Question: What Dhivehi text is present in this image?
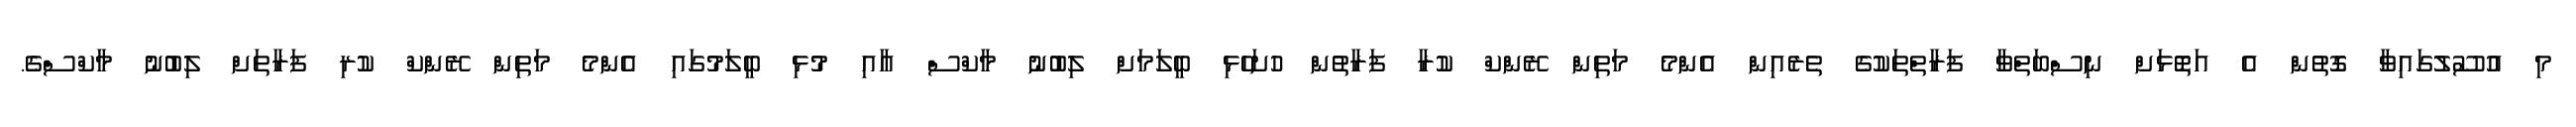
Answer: މި އުސޫލުގައިވާ ގޮތުން އެ އަތޮޅަށް ނިސްބަތްވާ ފަރާތްތަކުގެ ތެރެއިން އެންމެ މަތިން ރޭންކް ކުރާ ފަރާތުން ހުށަހެޅި ބީލަމަށް ލިބުނު މާކްސް އާއި މުޅި ބީލަމުގައި އެންމެ މަތިން ރޭންކް ކުރި ފަރާތަށް ލިބުނު މާކްސްގެ.